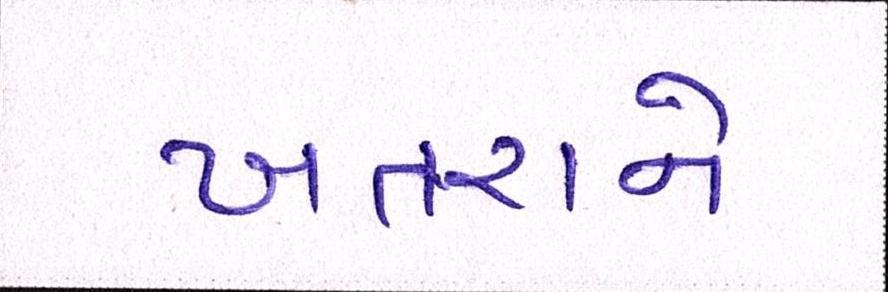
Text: ખતરાને